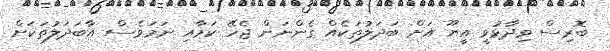
ބޮރިސް ވިދާޅުވީ އީޔޫ އަށް ބަދަލުތަކެއް ގެންނަން ޖެހޭ ކަމާއި ނަމަވެސް އާބަދަލުތަކަށް